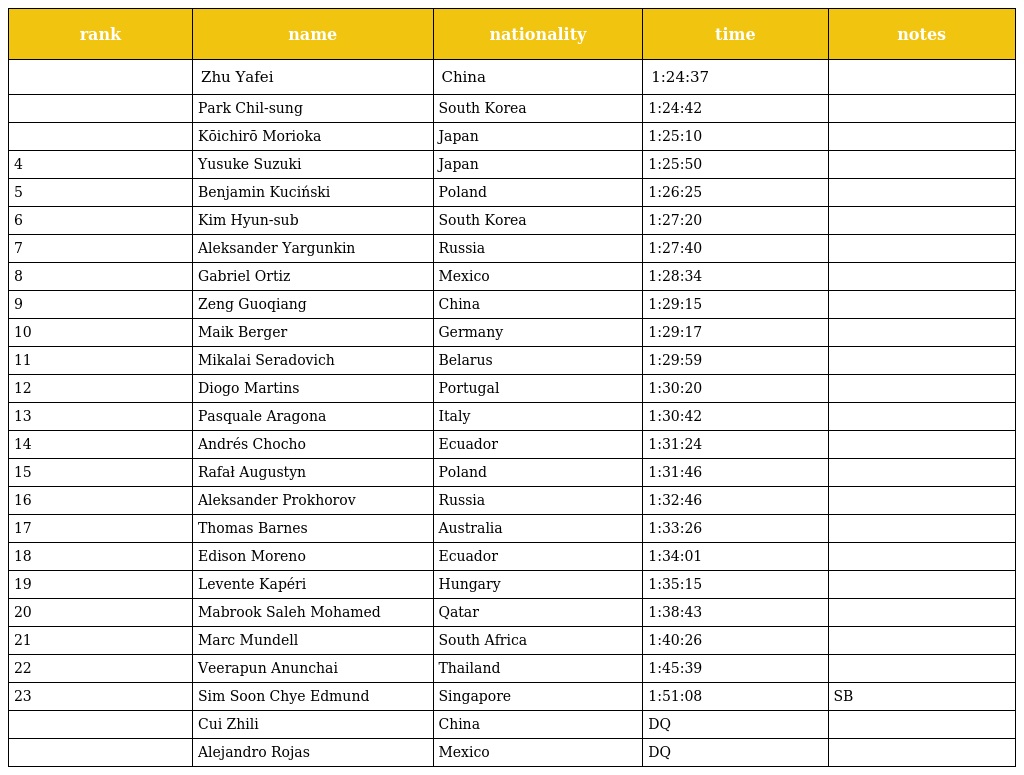
| rank | name | nationality | time | notes |
 | --- | --- | --- | --- | --- |
 |  | Zhu Yafei | China | 1:24:37 |  |
 |  | Park Chil-sung | South Korea | 1:24:42 |  |
 |  | Kōichirō Morioka | Japan | 1:25:10 |  |
 | 4 | Yusuke Suzuki | Japan | 1:25:50 |  |
 | 5 | Benjamin Kuciński | Poland | 1:26:25 |  |
 | 6 | Kim Hyun-sub | South Korea | 1:27:20 |  |
 | 7 | Aleksander Yargunkin | Russia | 1:27:40 |  |
 | 8 | Gabriel Ortiz | Mexico | 1:28:34 |  |
 | 9 | Zeng Guoqiang | China | 1:29:15 |  |
 | 10 | Maik Berger | Germany | 1:29:17 |  |
 | 11 | Mikalai Seradovich | Belarus | 1:29:59 |  |
 | 12 | Diogo Martins | Portugal | 1:30:20 |  |
 | 13 | Pasquale Aragona | Italy | 1:30:42 |  |
 | 14 | Andrés Chocho | Ecuador | 1:31:24 |  |
 | 15 | Rafał Augustyn | Poland | 1:31:46 |  |
 | 16 | Aleksander Prokhorov | Russia | 1:32:46 |  |
 | 17 | Thomas Barnes | Australia | 1:33:26 |  |
 | 18 | Edison Moreno | Ecuador | 1:34:01 |  |
 | 19 | Levente Kapéri | Hungary | 1:35:15 |  |
 | 20 | Mabrook Saleh Mohamed | Qatar | 1:38:43 |  |
 | 21 | Marc Mundell | South Africa | 1:40:26 |  |
 | 22 | Veerapun Anunchai | Thailand | 1:45:39 |  |
 | 23 | Sim Soon Chye Edmund | Singapore | 1:51:08 | SB |
 |  | Cui Zhili | China | DQ |  |
 |  | Alejandro Rojas | Mexico | DQ |  |